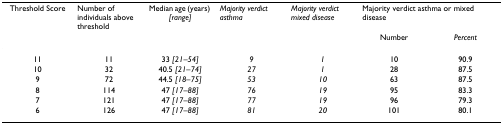
| Threshold Score | Number of individuals above threshold | Median age (years) [range] | Majority verdict asthma | Majority verdict mixed disease | <COLSPAN=2> Majority verdict asthma or mixed disease |
 |  |  |  |  |  | Number | Percent |
 | --- | --- | --- | --- | --- | --- | --- |
 | 11 | 11 | 33 [21–54] | 9 | 1 | 10 | 90.9 |
 | 10 | 32 | 40.5 [21–74] | 27 | 1 | 28 | 87.5 |
 | 9 | 72 | 44.5 [18–75] | 53 | 10 | 63 | 87.5 |
 | 8 | 114 | 47 [17–88] | 76 | 19 | 95 | 83.3 |
 | 7 | 121 | 47 [17–88] | 77 | 19 | 96 | 79.3 |
 | 6 | 126 | 47 [17–88] | 81 | 20 | 101 | 80.1 |